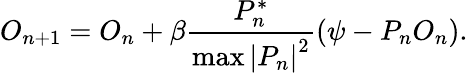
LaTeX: O_{n+1}=O_{n}+\beta\frac{P_{n}^{*}}{\operatorname*{max}\left|P_{n}\right|^{2}}\left(\psi-P_{n}O_{n}\right).